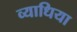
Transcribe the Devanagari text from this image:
व्याधिया